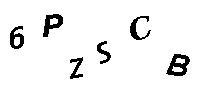
6PZSCB